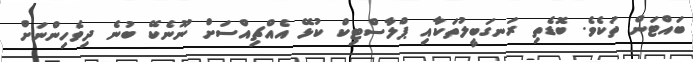
ބައްޓަން ތަކެވެ. ބޮޑެތި ރަނގަބީލުތަކާއި ޕްލާސްޓިކް ކުޅޭ އެއްޗިއްސަށް ނޫނެކޭ ބުނެ ދިވެހިންނަށް